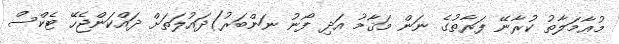
މުޢާމަލާތު ކުރާނޭ ފަރާތުގެ ނަން މަޤާމު އަދި ފޯނު ނަންބަރު)ދައުލަތަށް ދައްކަންޖެހޭ ޓެކްސް